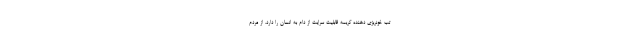
تب خونریزی دهنده کریمه قابلیت سرایت از دام به انسان را دارد، از مردم